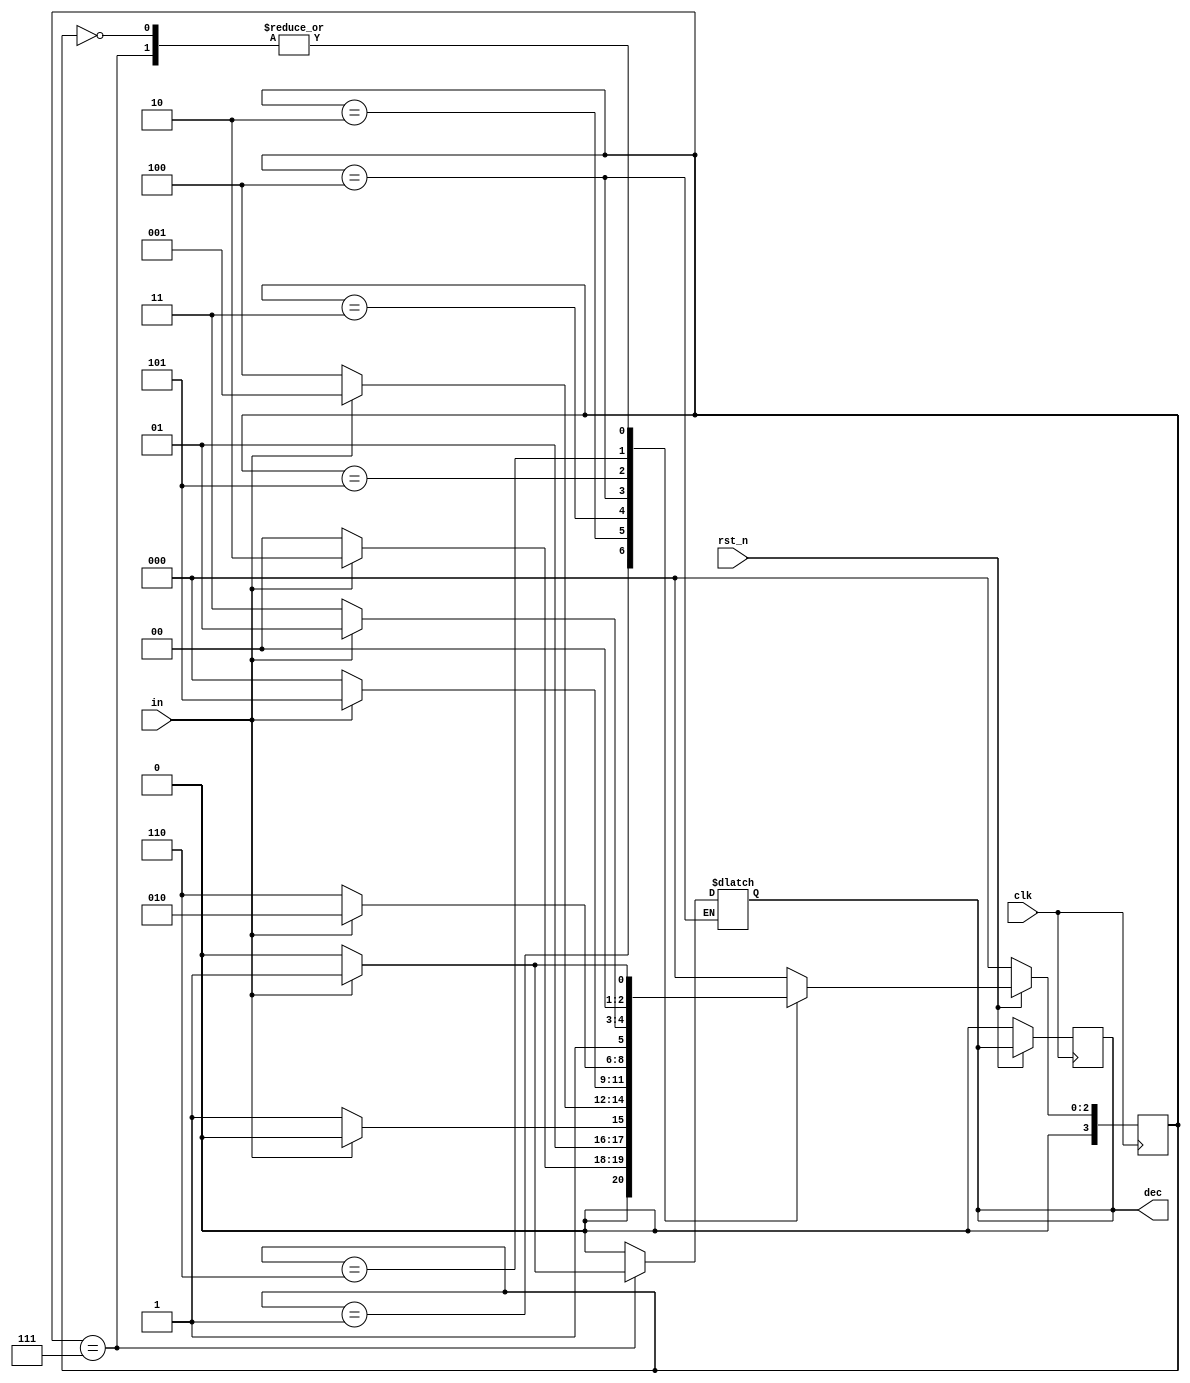
`timescale 1ns/1ps

module Sliding_Window_Sequence_Detector (clk, rst_n, in, dec);
input clk, rst_n;
input in;
output reg dec;
reg [3:0] state;
reg [3:0] state_next;
parameter s0 = 4'b0000;
parameter s1 = 4'b0001;
parameter s2 = 4'b0010;
parameter s3 = 4'b0011;
parameter s4 = 4'b0100;
parameter s5 = 4'b0101;
parameter s6 = 4'b0110;
parameter s7 = 4'b0111;
parameter s8 = 4'b1000;
parameter s9 = 4'b1001;

always@(posedge clk) begin
    if(!rst_n) begin
        dec <= 1'b0;
        state <= s0;
    end
    else begin
        state <= state_next;
    end
end

always@(*) begin
    case(state) 
        4'b0000:begin
            if(in == 1'b1) begin
                state_next = s1;
                dec = 1'b0;
            end
            else begin
                state_next = s0;
                dec = 1'b0;
            end
        end
        4'b0001:begin
            if(in == 1'b1) begin
                state_next = s2;
                dec = 1'b0;
            end
            else begin
                state_next = s0;
                dec = 1'b0;
            end
        end
        4'b0010:begin
            if(in == 1'b0) begin
                state_next = s3;
                dec = 1'b0;
            end
            else begin
                state_next = s2;
                dec = 1'b0;
            end
        end
        4'b0011:begin
            if(in == 1'b0) begin
                state_next = s4;
                dec = 1'b0;
            end
            else begin
                state_next = s1;
                dec = 1'b0;
            end
        end
        4'b0100:begin
            if(in == 1'b1) begin
                state_next = s5;
            end
            else state_next = s0;
        end
        4'b0101:begin
            if(in == 1'b0) begin
                state_next = s6;
                dec = 1'b0;
            end
            else begin
                state_next = s2;
                dec = 1'b0;
            end
        end
        4'b0110:begin
            if(in == 1'b0) begin
                state_next = s7;
                dec = 1'b0;
            end
            else begin
                state_next = s5;
                dec = 1'b0;
            end
        end
        4'b0111:begin
            if(in == 1'b1) begin
                state_next = s1;
                dec = 1'b1;
            end
            else begin
                state_next = s0;
                dec = 1'b0;
            end
        end
        default: begin
            state_next = s0;
            dec = 1'd0;
        end

    endcase

end
endmodule